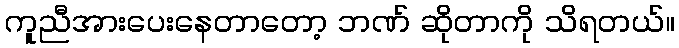
ကူညီအားပေးနေတာတော့ ဘဏ် ဆိုတာကို သိရတယ်။